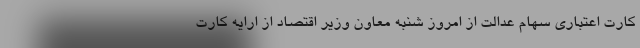
کارت اعتباری سهام عدالت از امروز شنبه معاون وزیر اقتصاد از ارایه کارت